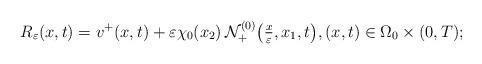
LaTeX: \begin{align*}R_{\varepsilon}(x,t) = v^{+}(x,t) + \varepsilon\chi_0(x_2)\, {\cal N}^{(0)}_{+}\bigl(\tfrac{x}{\varepsilon}, x_1 ,t \bigr), (x,t) \in \Omega_0 \times (0,T); \end{align*}